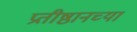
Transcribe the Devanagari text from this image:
प्रतीष्ठानच्या